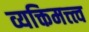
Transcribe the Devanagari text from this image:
व्यक्तिमत्त्त्व